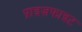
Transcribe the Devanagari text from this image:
प्राइज़फाइट